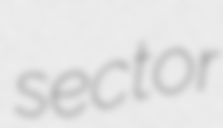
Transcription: sector